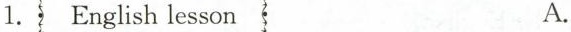
1.English lesson A.